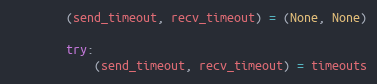
Language: Python
        (send_timeout, recv_timeout) = (None, None)

        try:
            (send_timeout, recv_timeout) = timeouts